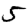
Digit: 5